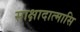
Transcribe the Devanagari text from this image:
साक्षादात्मासि